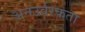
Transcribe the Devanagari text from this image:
अनउर्वरकता